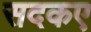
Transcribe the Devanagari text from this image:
सदकए